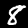
Digit: 8